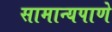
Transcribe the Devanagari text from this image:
सामान्यपाणे